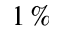
1 \, \%